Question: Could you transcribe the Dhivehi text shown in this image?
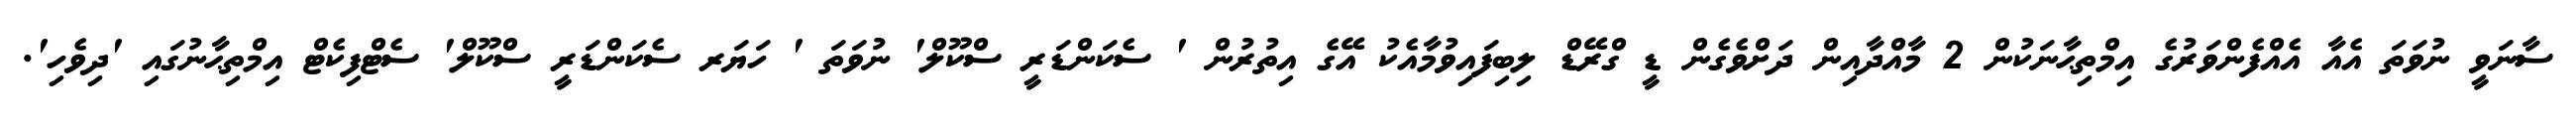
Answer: ސާނަވީ ނުވަތަ އެއާ އެއްފެންވަރުގެ އިމްތިޙާނަކުން 2 މާއްދާއިން ދަށްވެގެން ޑީ ގްރޭޑް ލިބިފައިވުމާއެކު އޭގެ އިތުރުން ' ސެކަންޑަރީ ސްކޫލް' ނުވަތަ ' ހަޔަރ ސެކަންޑަރީ ސްކޫލް' ސެޓްފިކެޓް އިމްތިޙާނުގައި 'ދިވެހި'.